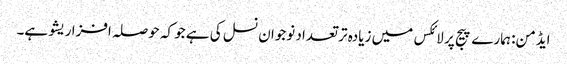
ایڈمن: ہمارے پیج پر لائکس میں زیادہ تر تعداد نوجوان نسل کی ہے جو کہ حوصلہ افزا ریشو ہے۔